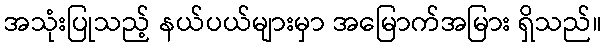
အသုံးပြုသည့် နယ်ပယ်များမှာ အမြောက်အမြား ရှိသည်။